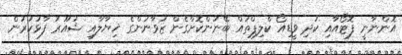
އޮންނާނީ ފޮޓޯއާއި ކުދި ވީޑިއޯ ކްލިޕްތައް ބޭނުންކޮށްގެން ޒުވާނުންގެ ޚިޔާލާއި ޝުއޫރު ފާޅުކުރުން